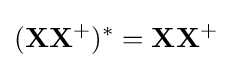
(\mathbf {X} \mathbf {X} ^{+})^{*}=\mathbf {X} \mathbf {X} ^{+}